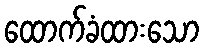
ထောက်ခံထားသော